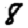
Digit: 8